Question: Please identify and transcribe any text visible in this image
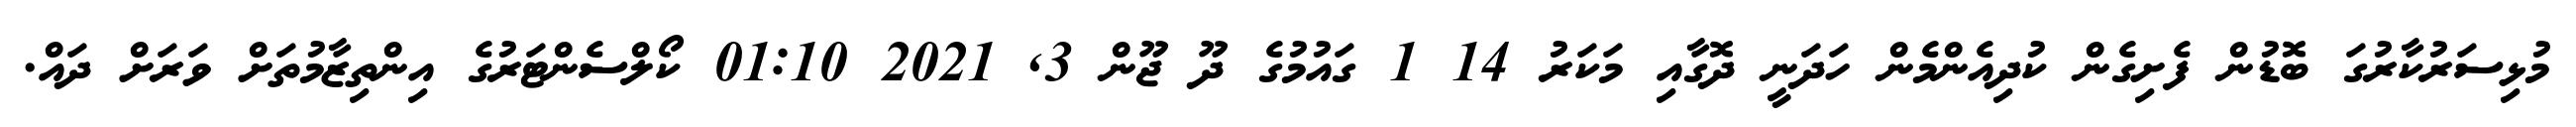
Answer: މުޅިސަރުކާރުގަ ބޮޑުން ފެށިގެން ކުދިއެންމެން ހަދަނީ ދޮގާއި މަކަރު 14 1 ގައުމުގެ ދޫ ޖޫން 3, 2021 01:10 ކޯލްސެންޓަރުގެ އިންތިޒާމުތަށް ވަރަށް ދައް.